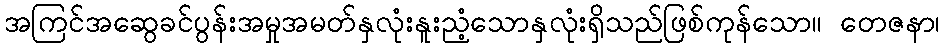
အကြင်အဆွေခင်ပွန်းအမှုအမတ်နှလုံးနူးညံ့သောနှလုံးရှိသည်ဖြစ်ကုန်သော။ တေဇနာ၊